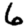
Digit: 6